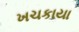
ખચકાયા